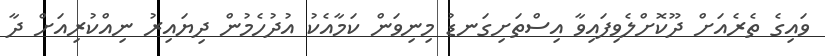
ވައިގެ ތެރެއަށް ދޫކޮށްލެވިފައިވާ އިސްތަށިގަނޑު މިނިވަން ކަމާއެކު އުދުހެމުން ދިޔައިރު ނިއްކުރިއަށް ދާ